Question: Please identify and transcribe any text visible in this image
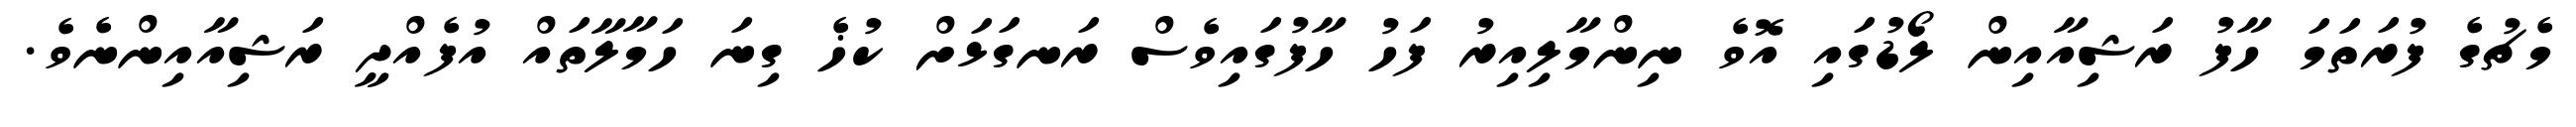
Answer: މެޗުގެ ފުރަތަމަ ހާފު ރަޝިއާއިން ލޯޑުގައި އޮވެ ނިންމާލިއިރު ފަހު ހާފުގައިވެސް ރަނގަޅަށް ކުޚެ ގިނަ ހަމާލާތައް އުފެއްދީ ރަޝިއާއިންނެވެ.